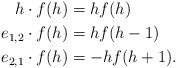
\begin{align*} h \cdot f(h) &= hf(h)\\ e_{1,2} \cdot f(h) &= hf(h-1)\\ e_{2,1} \cdot f(h) &= -hf(h+1).\end{align*}